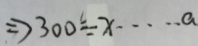
\Rightarrow 3 0 0 \div x \cdots a